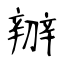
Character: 辧